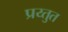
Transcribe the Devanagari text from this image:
प्रय्तुत